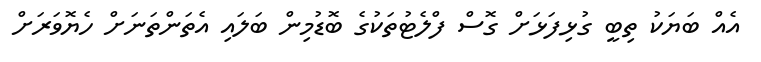
އެއް ބަޔަކު ތިބީ ގުޅިފަޅަށް ގޮސް ފްލެޓުތަކުގެ ބޮޑުމިން ބަލައި އެތަންތަނަށް ހެޔޮވަރަށް